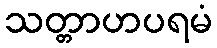
သတ္တာဟပရမံ